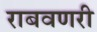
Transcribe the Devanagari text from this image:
राबवणरी